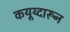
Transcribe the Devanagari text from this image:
कयूय्दारून